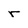
Character: r